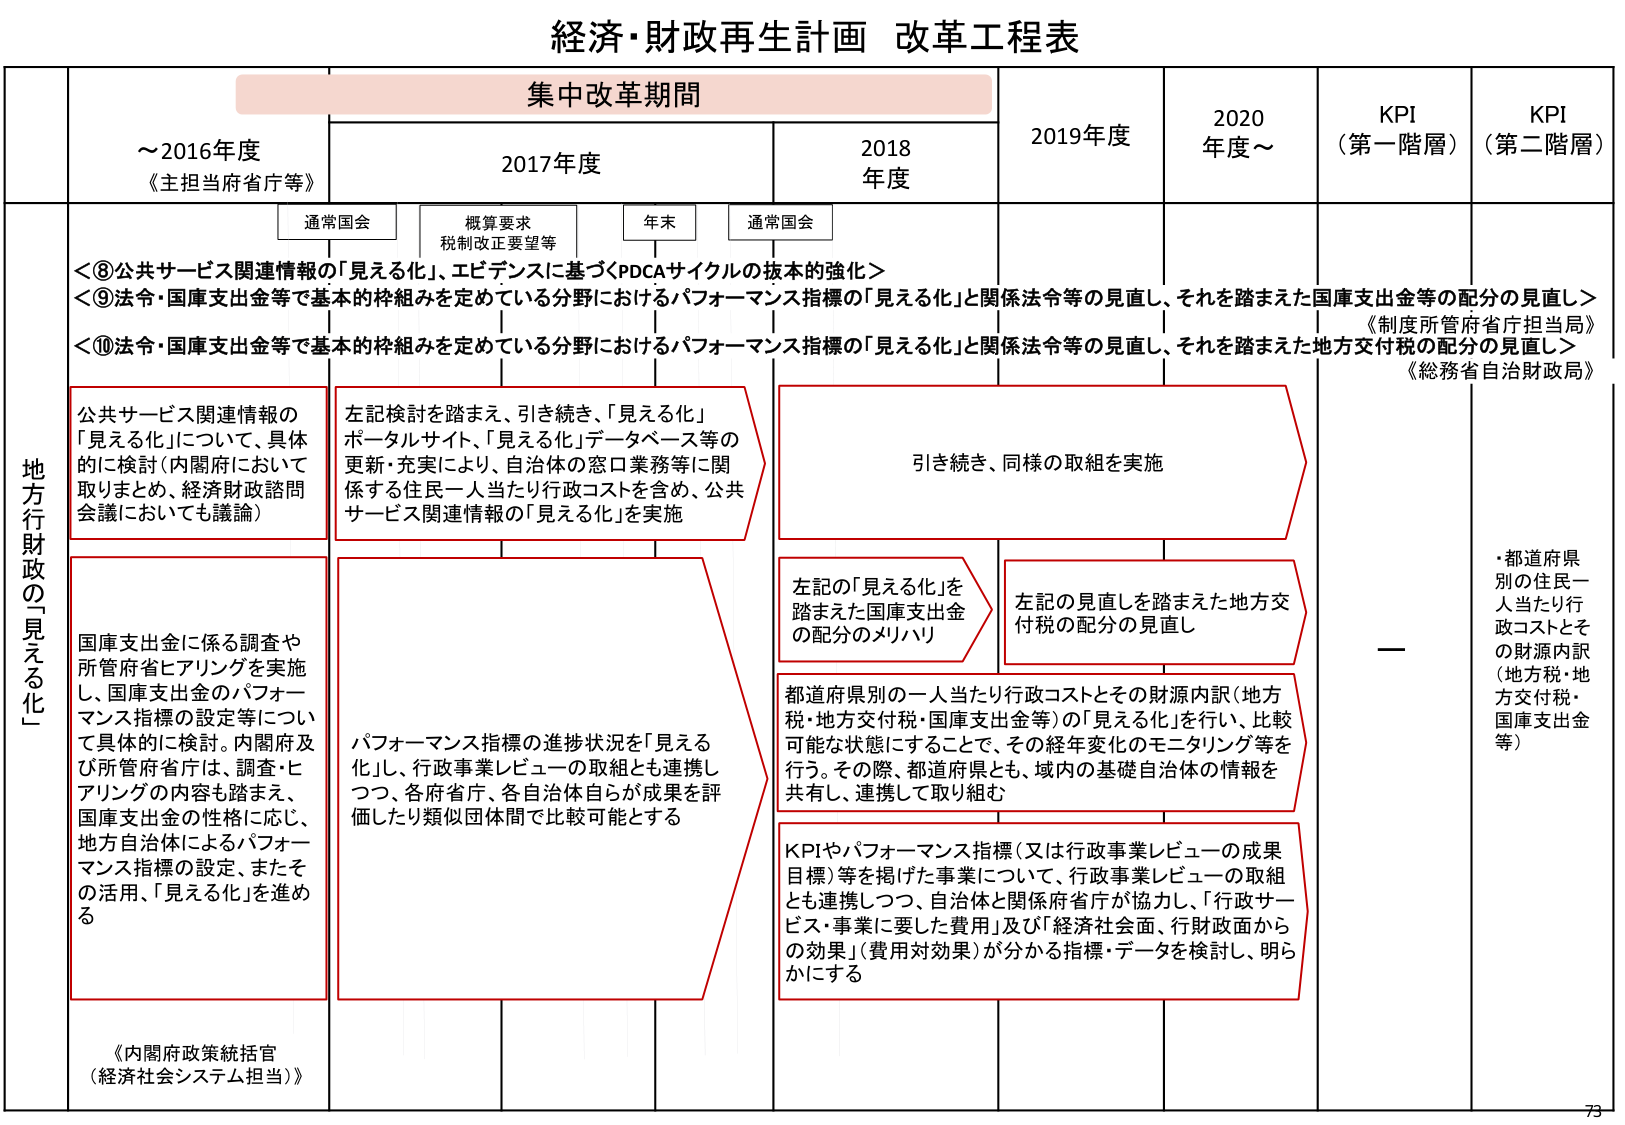
経済・財政再生計画 改革工程表

集中改革期間

～2016年度
《主担当府省庁等》

2017年度

2018年度

2019年度

2020年度～

KPI
（第一階層）

KPI
（第二階層）

通常国会

概算要求
税制改正要望等

年末

通常国会

地方行政の「見える化」

＜⑧公共サービス関連情報の「見える化」、エビデンスに基づくPDCAサイクルの抜本的強化＞
＜⑨法令・国庫支出金等で基本的枠組みを定めている分野におけるパフォーマンス指標の「見える化」と関係法令等の見直し、それを踏まえた国庫支出金等の配分の見直し＞
＜⑩法令・国庫支出金等で基本的枠組みを定めている分野におけるパフォーマンス指標の「見える化」と関係法令等の見直し、それを踏まえた地方交付税の配分の見直し＞
《制度所管府省庁担当局》
《総務省自治財政局》

公共サービス関連情報の「見える化」について、具体的に検討（内閣府において取りまとめ、経済財政諮問会議においても議論）

左記検討を踏まえ、引き続き、「見える化」ポータルサイト、「見える化」データベース等の更新・充実により、自治体の窓口業務等に関係する住民一人当たり行政コストを含め、公共サービス関連情報の「見える化」を実施

引き続き、同様の取組を実施

国庫支出金に係る調査や所管府省ヒアリングを実施し、国庫支出金のパフォーマンス指標の設定等について具体的に検討。内閣府及び所管府省庁は、調査・ヒアリングの内容も踏まえ、国庫支出金の性格に応じ、地方自治体によるパフォーマンス指標の設定、またその活用、「見える化」を進める

パフォーマンス指標の進捗状況を「見える化」し、行政事業レビューの取組とも連携しつつ、各府省庁、各自治体自らが成果を評価したり類似団体間で比較可能とする

左記の「見える化」を踏まえた国庫支出金の配分のメリハリ

左記の見直しを踏まえた地方交付税の配分の見直し

都道府県別の一⼈当たり⾏政コストとその財源内訳（地方税・地方交付税・国庫支出金等）の「見える化」を行い、比較可能な状態にすることで、その経年変化のモニタリング等を行う。その際、都道府県と、域内の基礎自治体の情報を共有し、連携して取り組む

KPIやパフォーマンス指標（又は行政事業レビューの成果目標）等を掲げた事業について、行政事業レビューの取組とも連携しつつ、自治体と関係府省庁が協力し、「行政サービス・事業に要した費用」及び「経済社会面、行財政面からの効果」（費用対効果）が分かる指標・データを検討し、明らかにする

《内閣府政策統括官
（経済社会システム担当）》

・都道府県別の住民一人当たり行政コストとその財源内訳（地方税・地方交付税・国庫支出金等）

73